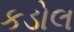
કડોલ